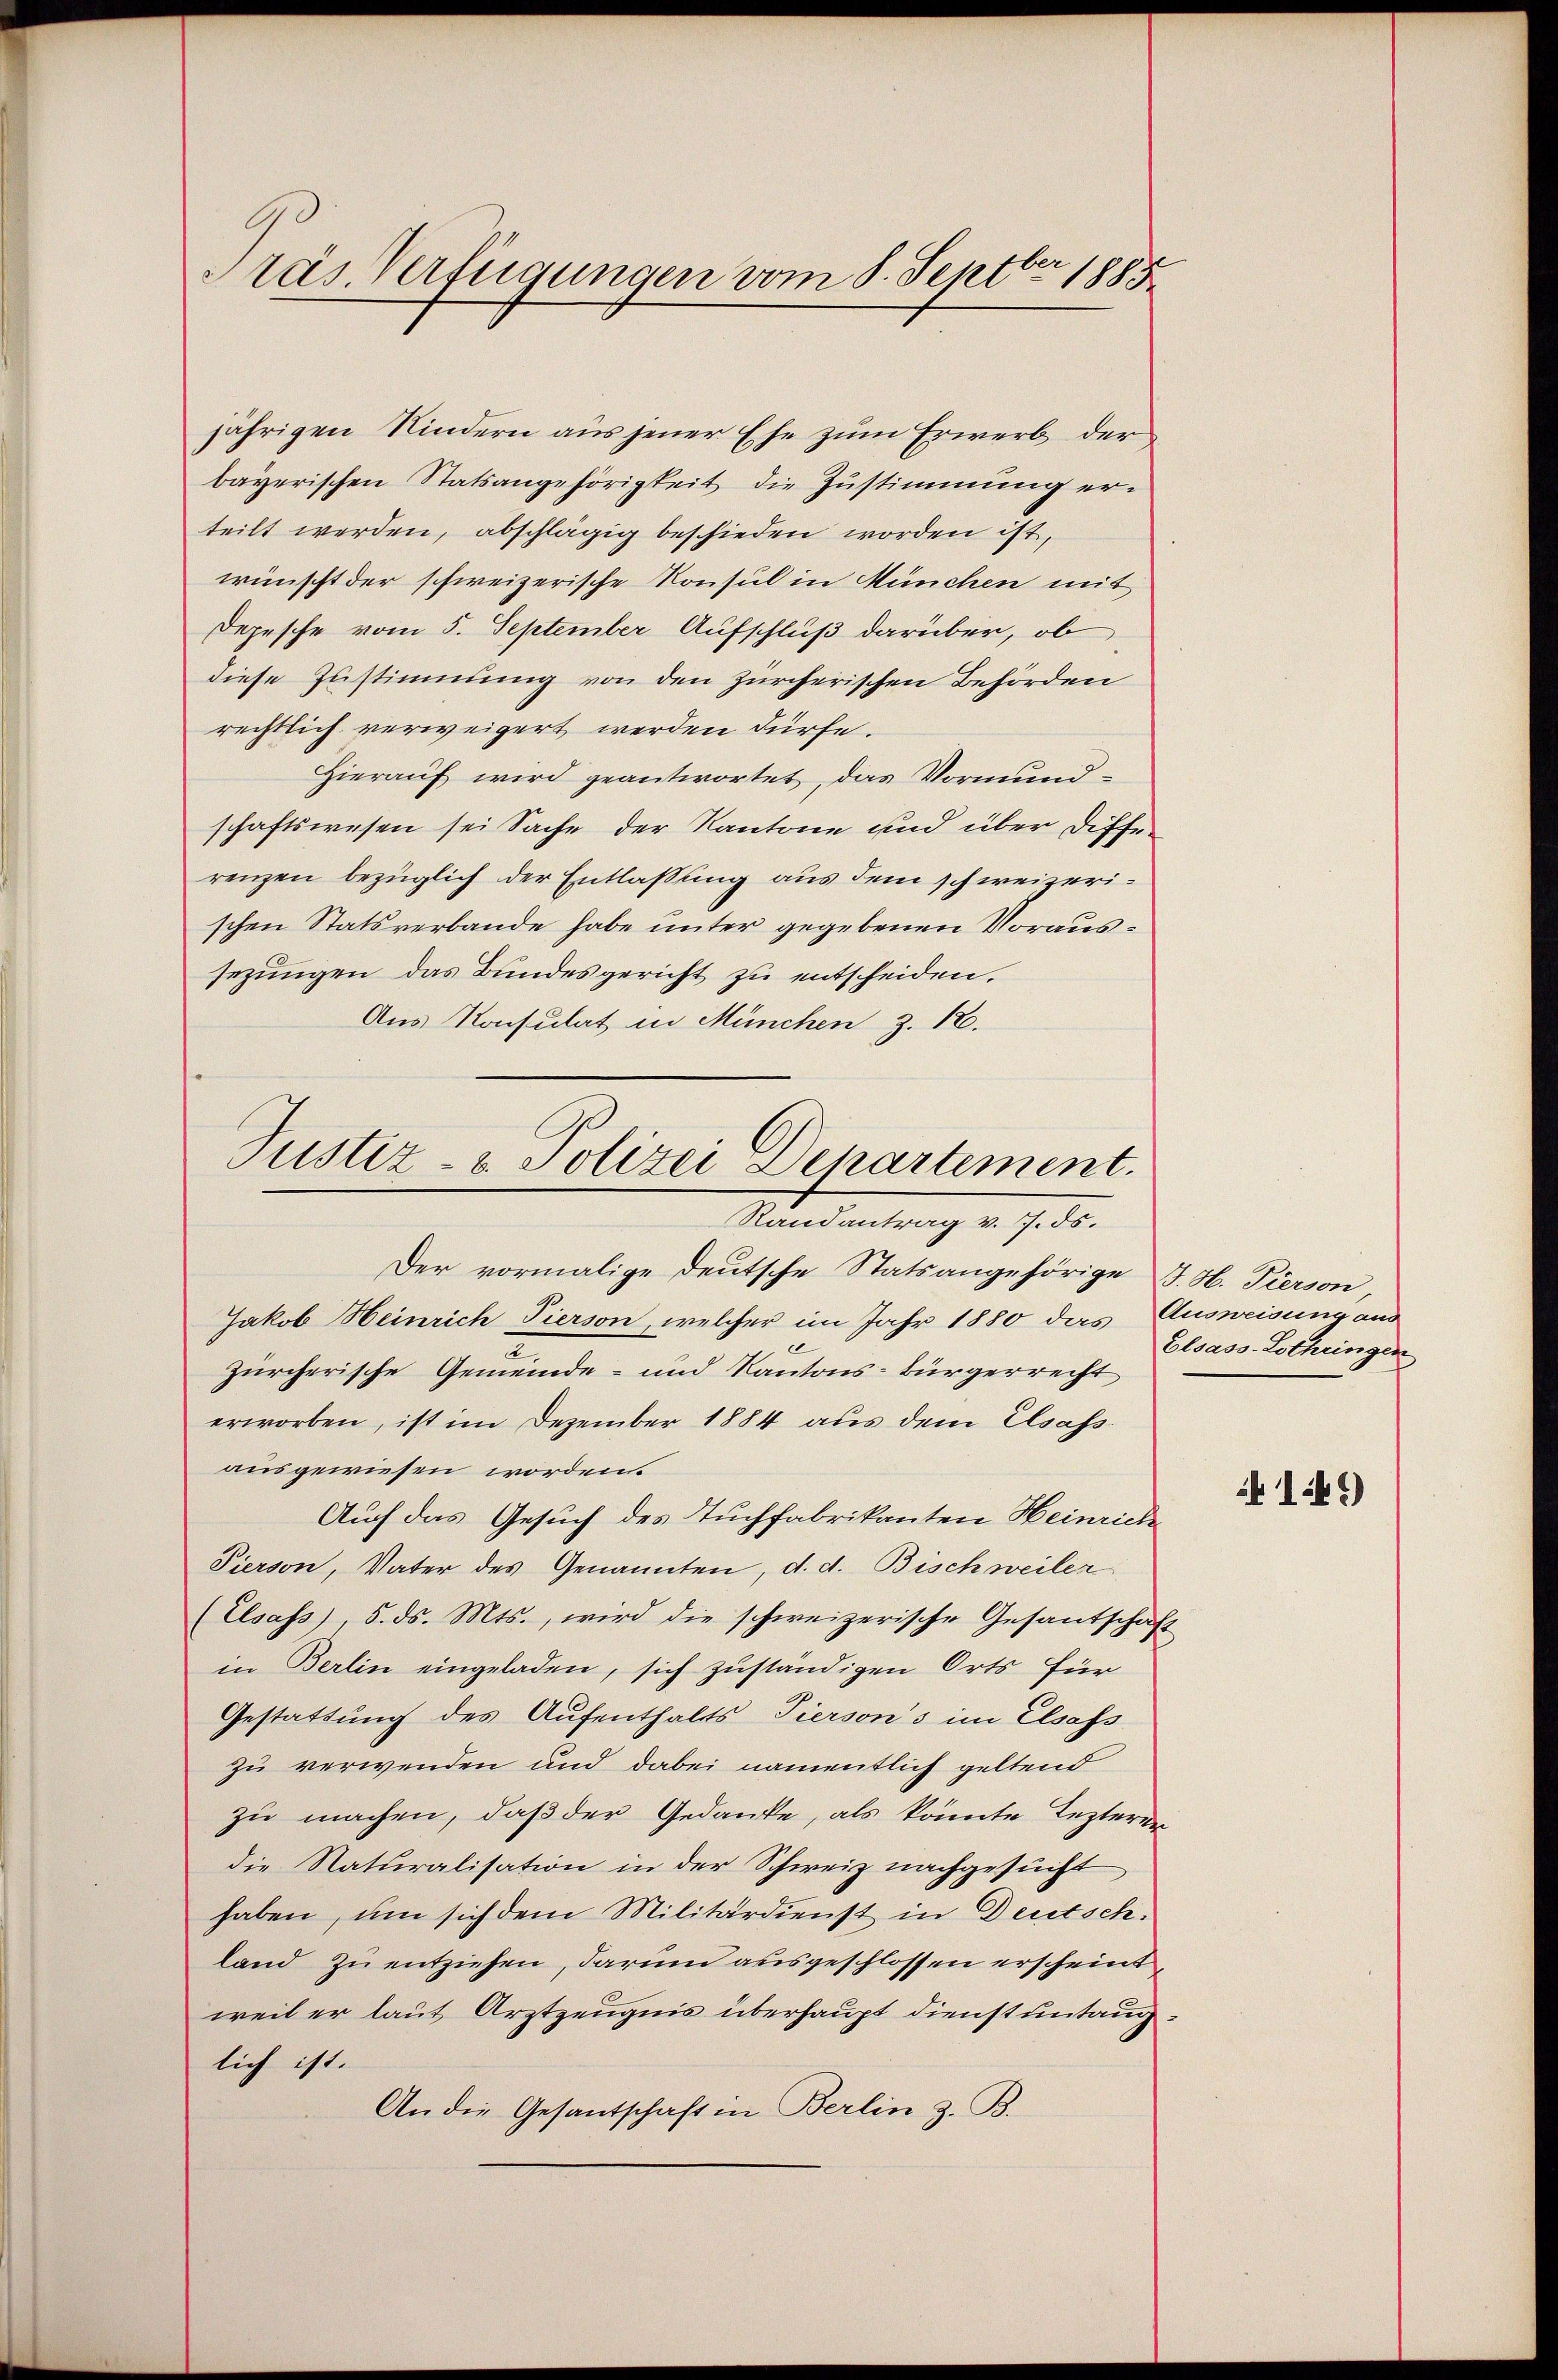
Präs. Verfügungen vom 8. Septbr 1885.

jährigen Kindern aus jener Ehe zum Erwerb der
bayerischen Statsangehörigkeit die Zustimmung erteilt werden, abschlägig beschieden worden ist,
wünscht der schweizerische Konsul in München mit
Depesche vom 5. September Aufschluß darüber, ob
diese Zustimmung von den zürcherischen Behörden
rechtlich verweigert werden dürfe.
Hierauf wird geantwortet, das Vormund-
schaftswesen sei Sache der Kantone und über Differenzen bezüglich der Entlassung aus dem schweizerischen Statsverbande habe unter gegebenen Voraussezungen das Bundesgericht zu entscheiden.
Aus Konsulat in München Z. 12.

Justiz- & Polizei Departement.
Randantrag v. 7. ds.

Der vormalige deutsche Statsangehörige J. H. Tierson
Jakob Heinrich Tierson, welcher im Jahr 1880 das Ausweisung aus
zürcherische Gemeinde- und Kantons-Bürgerrecht
erworben, ist im Dezember 1884 aus dem Elsass.
ausgewiesen worden.
Auch das Gesuch des Tuchfabrikanten Heinrich
Pierson, Vater des Genannten, d. d. Bischweiler
(Elsass), 5. ds. Mts., wird die schweizerische Gesantschaft
in Berlin eingeladen, sich zuständigen Orts für
Gestattung des Aufenthalts Tierson’s im Elsass
zu verwenden und dabei namentlich geltend
zu machen, daß der Gedanke, als könnte lezteren
die Naturalisation in der Schweiz nachgesucht,
haben, um sich dem Militärdienst in Deutsch.
land zu entziehen, darum ausgeschlossen erscheint
weil er laut Arztzeugnis überhaupt dienst untaug
lich ist.
An die Gesantschaft in Berlin z. B.

Elsass-Lothringen

1.41)